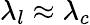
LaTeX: \lambda_{l}\approx\lambda_{c}